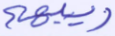
ريبهم